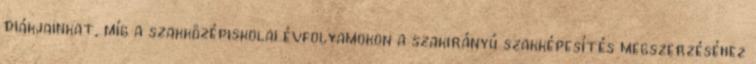
diákjainkat, míg a szakközépiskolai évfolyamokon a szakirányú szakképesítés megszerzéséhez